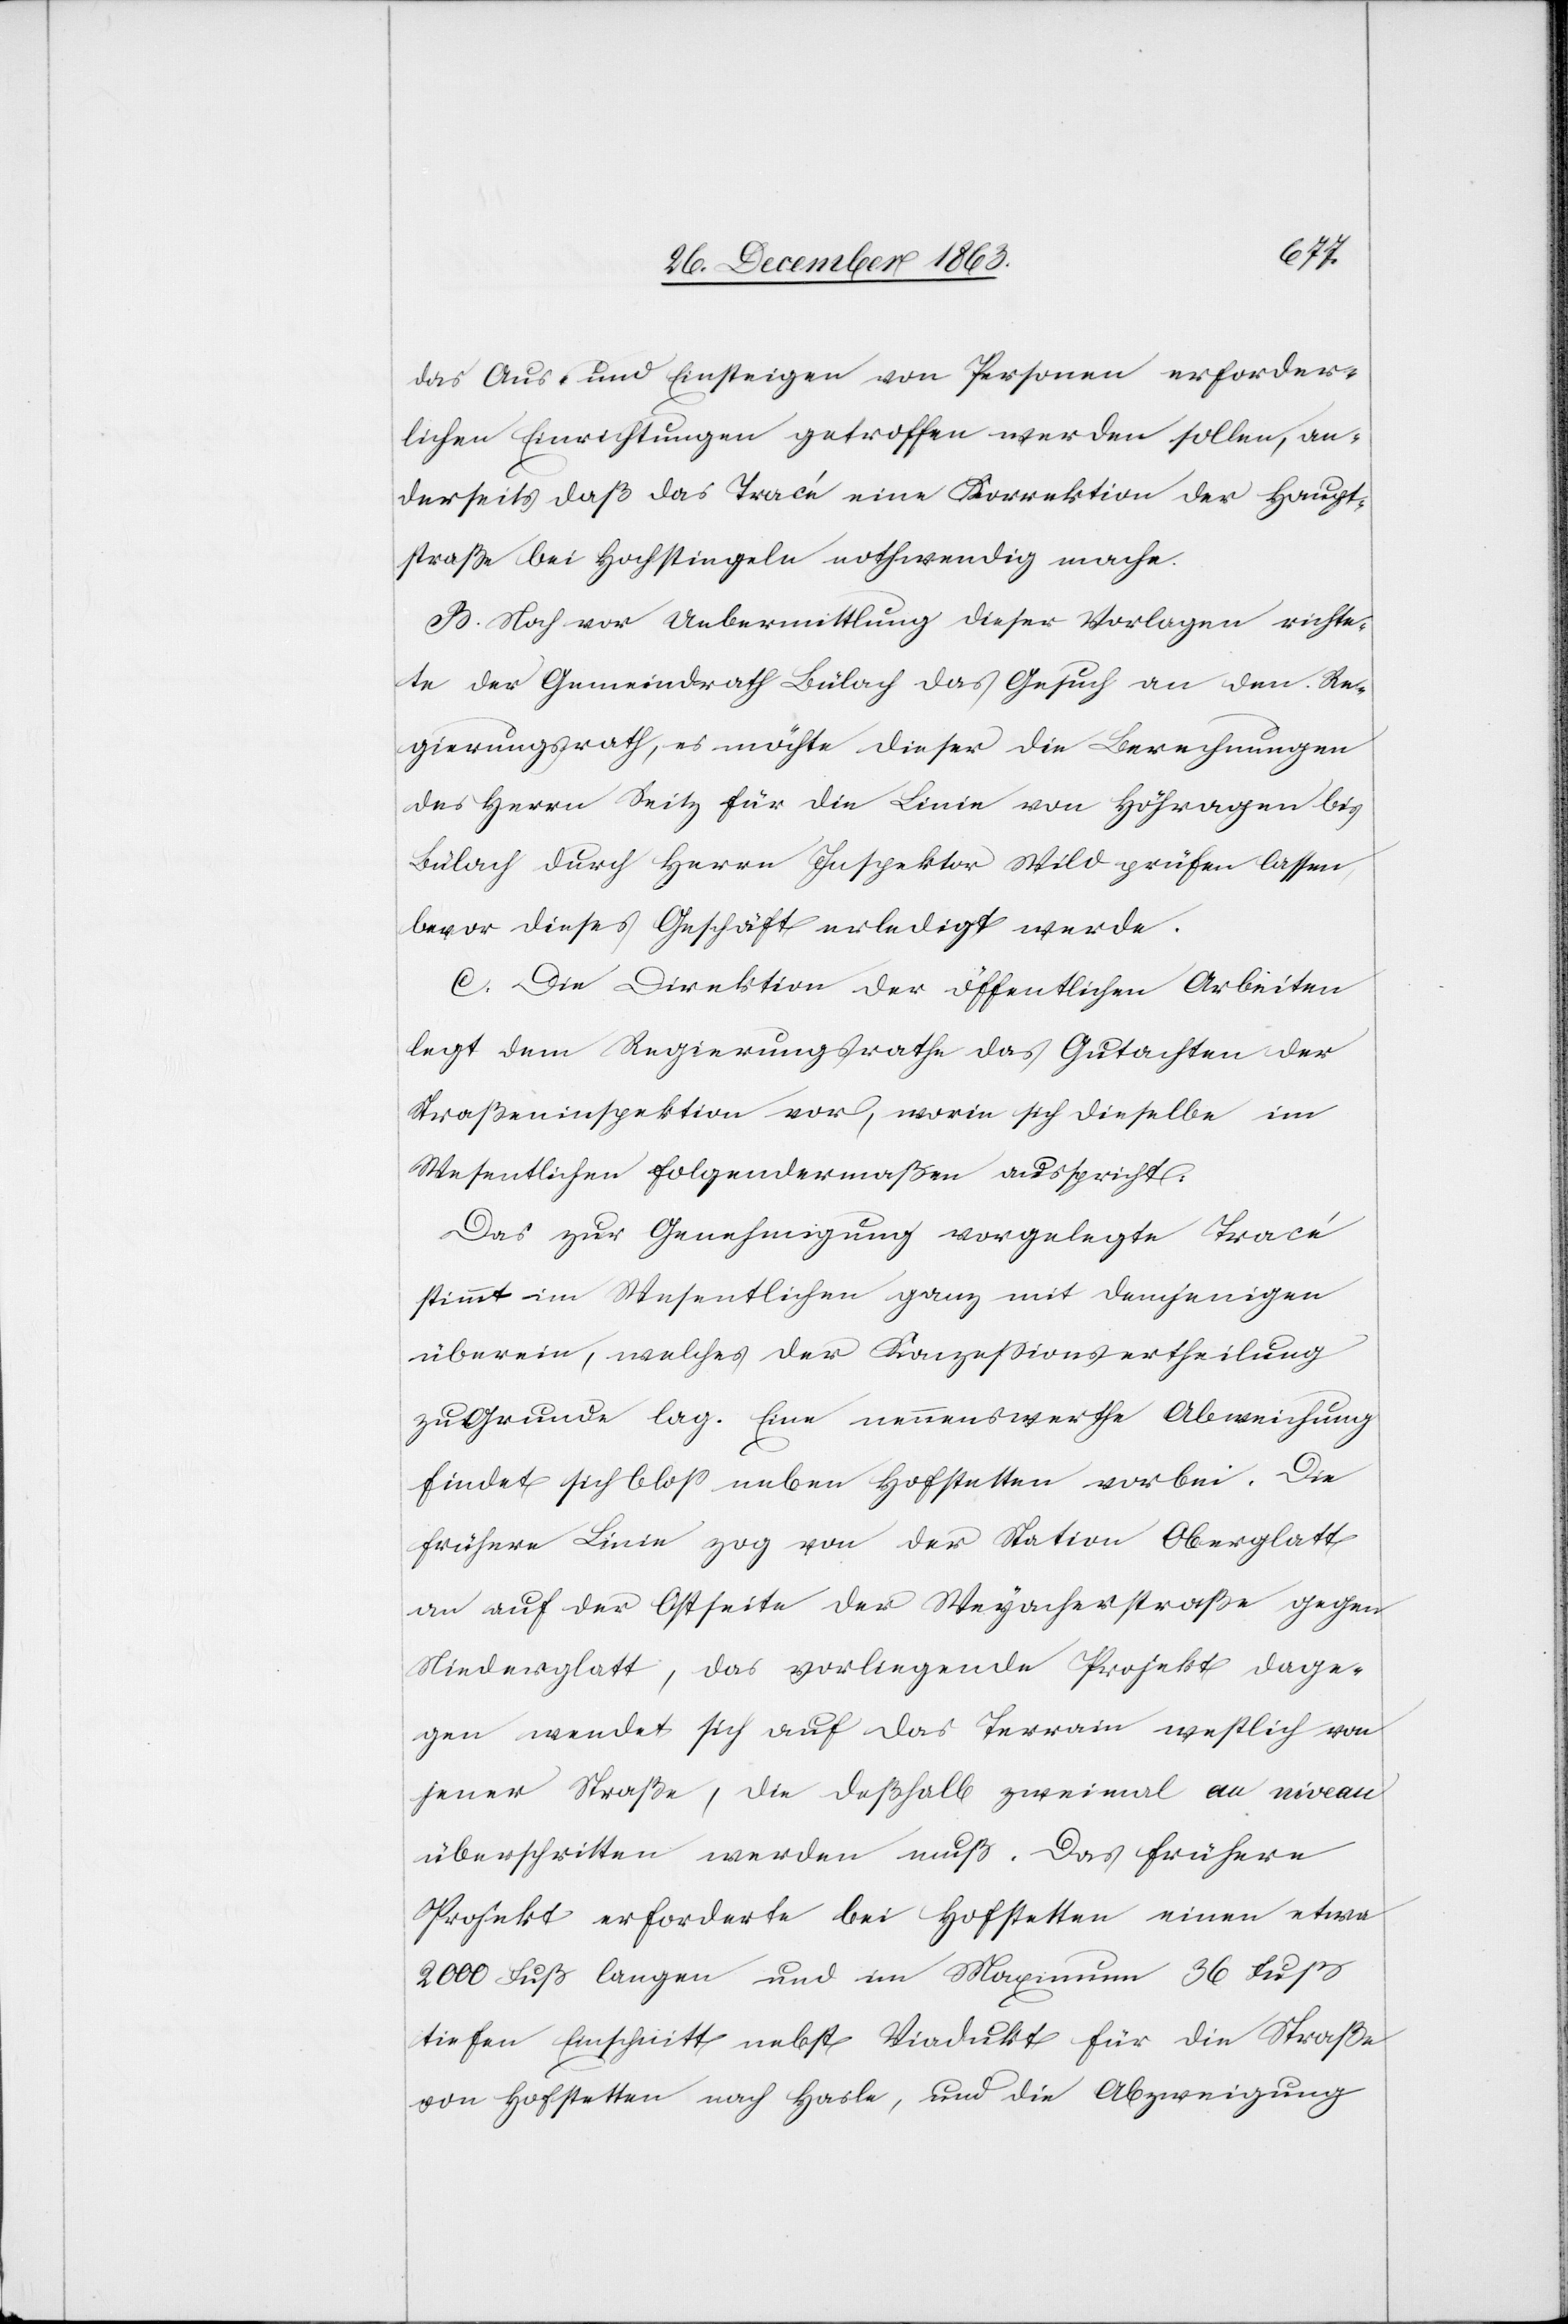
das Aus- und Einsteigen von Personen erforder¬
lichen Einrichtungen getroffen werden sollen, an¬
derseits daß das Tracé eine Korrektion der Haupt¬
straße bei Hochstiegeln nothwendig mache.
B. Noch vor Uebermittlung dieser Vorlagen richte¬
te der Gemeindrath Bülach das Gesuch an den Re¬
gierungsrath, es möchte dieser die Berechnungen
des Herrn Seitz für die Linie von Höhragen bis
Bülach durch Herrn Inspektor Wild prüfen lassen
bevor dieses Geschäft erledigt werde.
C. Die Direktion der öffentlichen Arbeiten
legt dem Regierungsrathe das Gutachten der
Straßeninspektion vor, worin sich dieselbe im
Wesentlichen folgendermaßen ausspricht:
Das zur Genehmigung vorgelegte Tracé
stimmt im Wesentlichen ganz mit demjenigen
überein, welches der Konzessionsertheilung
zu Grunde lag. Eine nennenswerthe Abweichung
findet sich bloss neben Hofstetten vorbei. Die
frühere Linie zog von der Station Oberglatt
an auf der Ostseite der Weyacherstraße gegen
Niederglatt, das vorliegende Projekt dage¬
gen wendet sich auf das Terrain westlich von
jener Straße, die deßhalb zweimal au niveau
überschritten werden muß. Das frühere
Projekt erforderte bei Hofstetten einen etwa
2000 Fuß langen und im Maximum 36 Fuß
tiefen Einschnitt nebst Viadukt für die Straße
von Hofstetten nach Hasle, und die Abzweigung